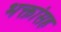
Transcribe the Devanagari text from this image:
भक्तांसह